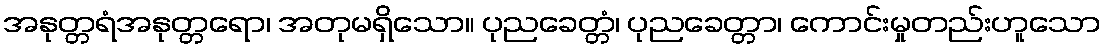
အနုတ္တရံအနုတ္တရော၊ အတုမရှိသော။ ပုညခေတ္တံ၊ ပုညခေတ္တာ၊ ကောင်းမှုတည်းဟူသော